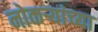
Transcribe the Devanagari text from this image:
नोकऱ्यांच्या